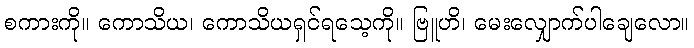
စကားကို။ ကောသိယ၊ ကောသိယရှင်ရသေ့ကို။ ဗြူဟိ၊ မေးလျှောက်ပါချေလော။